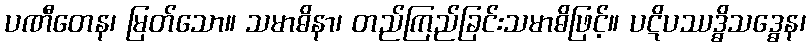
ပဏီတေန၊ မြတ်သော။ သမာဓိနာ၊ တည်ကြည်ခြင်းသမာဓိဖြင့်။ ပဋိပဿဒ္ဓိသဒ္ဓေန၊